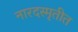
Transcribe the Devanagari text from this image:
नारदस्मृतीत